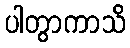
ပါတွာကာသိ